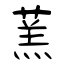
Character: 蓔